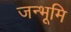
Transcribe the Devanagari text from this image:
जन्भूमि